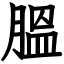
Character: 膃